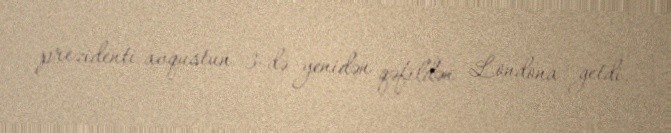
prezidenti avqustun 3-də yenidən qəfildən Londona getdi.